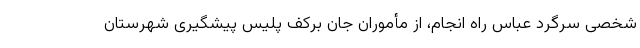
شخصی سرگرد عباس راه انجام، از مأموران جان برکف پلیس پیشگیری شهرستان